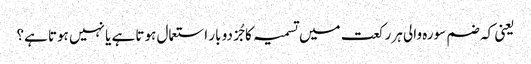
یعنی کہ ضم سورہ والی ہر رکعت میں تسمیہ کا جُز دو بار استعمال ہوتا ہے یا نہیں ہوتا ہے؟